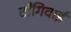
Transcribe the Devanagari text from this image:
टाँगिवाई